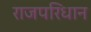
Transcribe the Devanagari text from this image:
राजपरिधान